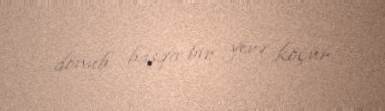
dönüb başqa bir yerə köçür.